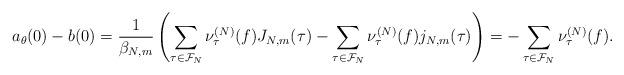
LaTeX: \begin{align*} a_\theta(0)-b(0)=\frac{1}{\beta_{N,m}} \left(\sum_{\tau\in \mathcal{F}_N} \nu_\tau^{(N)}(f)J_{N,m}(\tau)-\sum_{\tau\in \mathcal{F}_N} \nu_\tau^{(N)}(f)j_{N,m}(\tau)\right)=-\sum_{\tau\in \mathcal{F}_N} \nu_\tau^{(N)}(f).\end{align*}